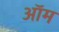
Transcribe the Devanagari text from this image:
ऑम